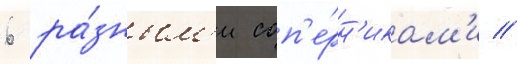
6 ра́зным'и соп'е́рн'икам'и //